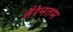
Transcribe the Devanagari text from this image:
तैरेनतम